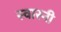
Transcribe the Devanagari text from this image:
स्वास्नी